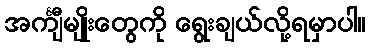
အင်္ကျီမျိုးတွေကို ရွေးချယ်လို့ရမှာပါ။